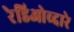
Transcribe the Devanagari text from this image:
रेडिओव्दारे